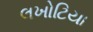
લખોટિયા